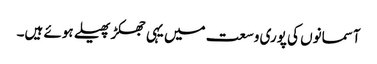
آسمانوں کی پوری وسعت میں یہی جھکڑ پھیلے ہوئے ہیں۔